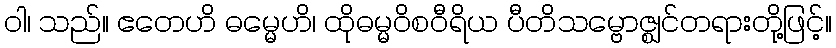
ဝါ၊ သည်။ ဧတေဟိ ဓမ္မေဟိ၊ ထိုဓမ္မဝိစဝီရိယ ပီတိသမ္ဗောဇ္ဈင်တရားတို့ဖြင့်။